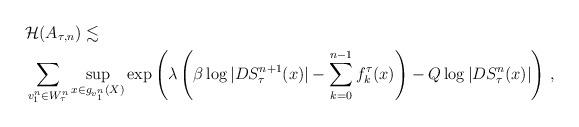
LaTeX: \begin{align*}&\mathcal{H}(A_{\tau,n})\lesssim\\ &\sum_{v_1^n\in W_\tau^n} \sup_{x\in g_{v_1^n}(X)}\exp\left(\lambda \left (\beta \log |DS^{n+1}_\tau(x)|-\sum_{k=0}^{n-1}f_k^\tau(x)\right) -Q\log |DS_\tau^n(x)|\right)\,, \end{align*}